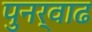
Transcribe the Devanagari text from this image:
पुनर्वाढ